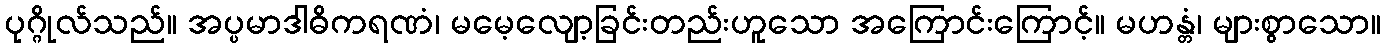
ပုဂ္ဂိုလ်သည်။ အပ္ပမာဒါဓိကရဏံ၊ မမေ့လျော့ခြင်းတည်းဟူသော အကြောင်းကြောင့်။ မဟန္တံ၊ များစွာသော။